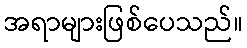
အရာများဖြစ်ပေသည်။